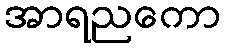
အာရညကော